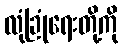
လုံခြုံရေးတို့ကို